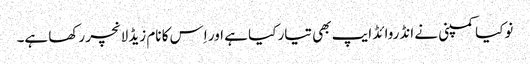
نوکیا کمپنی نے انڈروائڈ ایپ بھی تیار کیا ہے اور اِس کا نام زیڈ لانچر رکھا ہے۔